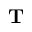
\mathbf { T }